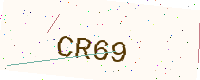
Text: CR69